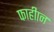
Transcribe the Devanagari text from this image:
फाहीान